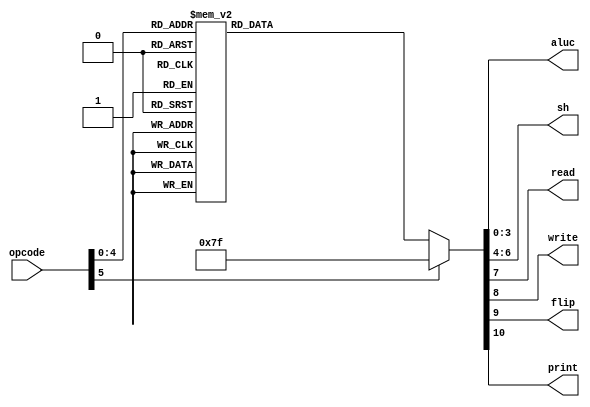
module mir_format_2(
	opcode,	// Instruction opcode
	aluc,		// ALU control signal
	sh,		// Shifter control signal
	read,		// Memory read control signal
	write,	// Memory write control signal
	flip,		// VGA flip control signal
	print		// VGA print control signal
);

	/*************************/
	/* Declaring input ports */
	/*************************/	
	input wire [5:0] opcode;

	/**************************/
	/* Declaring output ports */
	/**************************/
	output reg [3:0] aluc;
	output reg [2:0] sh;
	output reg read;
	output reg write;
	output reg flip;
	output reg print;
	
	/**************/
	/* Out driver */
	/**************/
	always @ (opcode) begin
		case(opcode)

			6'b010000: begin	// ORK Ri,K
				aluc = 4'b0110;
				sh = 3'b000;
				read = 1'b0;
				write = 1'b0;
				flip = 1'b0;
				print = 1'b0;
			end
			
			6'b010001: begin	// MMK Ri,K
				aluc = 4'b0000;
				sh = 3'b011;
				read = 1'b0;
				write = 1'b0;
				flip = 1'b0;
				print = 1'b0;
			end

			6'b010010: begin	// MLK Ri,K
				aluc = 4'b0000;
				sh = 3'b000;
				read = 1'b0;
				write = 1'b0;
				flip = 1'b0;
				print = 1'b0;
			end

			6'b000100: begin	// JMP X
				aluc = 4'b1111;
				sh = 3'b111;
				read = 1'b0;
				write = 1'b0;
				flip = 1'b0;
				print = 1'b0;
			end

			6'b000000: begin	// JZE X
				aluc = 4'b1111;
				sh = 3'b111;
				read = 1'b0;
				write = 1'b0;
				flip = 1'b0;
				print = 1'b0;
			end

			6'b000001: begin	// JNE X
				aluc = 4'b1111;
				sh = 3'b111;
				read = 1'b0;
				write = 1'b0;
				flip = 1'b0;
				print = 1'b0;
			end

			6'b000010: begin	// JOV x
				aluc = 4'b1111;
				sh = 3'b111;
				read = 1'b0;
				write = 1'b0;
				flip = 1'b0;
				print = 1'b0;
			end

			6'b000011: begin	// JCY X
				aluc = 4'b1111;
				sh = 3'b111;
				read = 1'b0;
				write = 1'b0;
				flip = 1'b0;
				print = 1'b0;
			end

			6'b001100: begin	// BSR S
				aluc = 4'b1111;
				sh = 3'b111;
				read = 1'b0;
				write = 1'b0;
				flip = 1'b0;
				print = 1'b0;
			end
			
			default: begin
				aluc = 4'b1111;
				sh = 3'b111;
				read = 1'b0;
				write = 1'b0;
				flip = 1'b0;
				print = 1'b0;
			end
			
		endcase
	end

endmodule